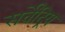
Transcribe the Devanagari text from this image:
सर्वेंद्रिय